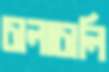
চালাচালি